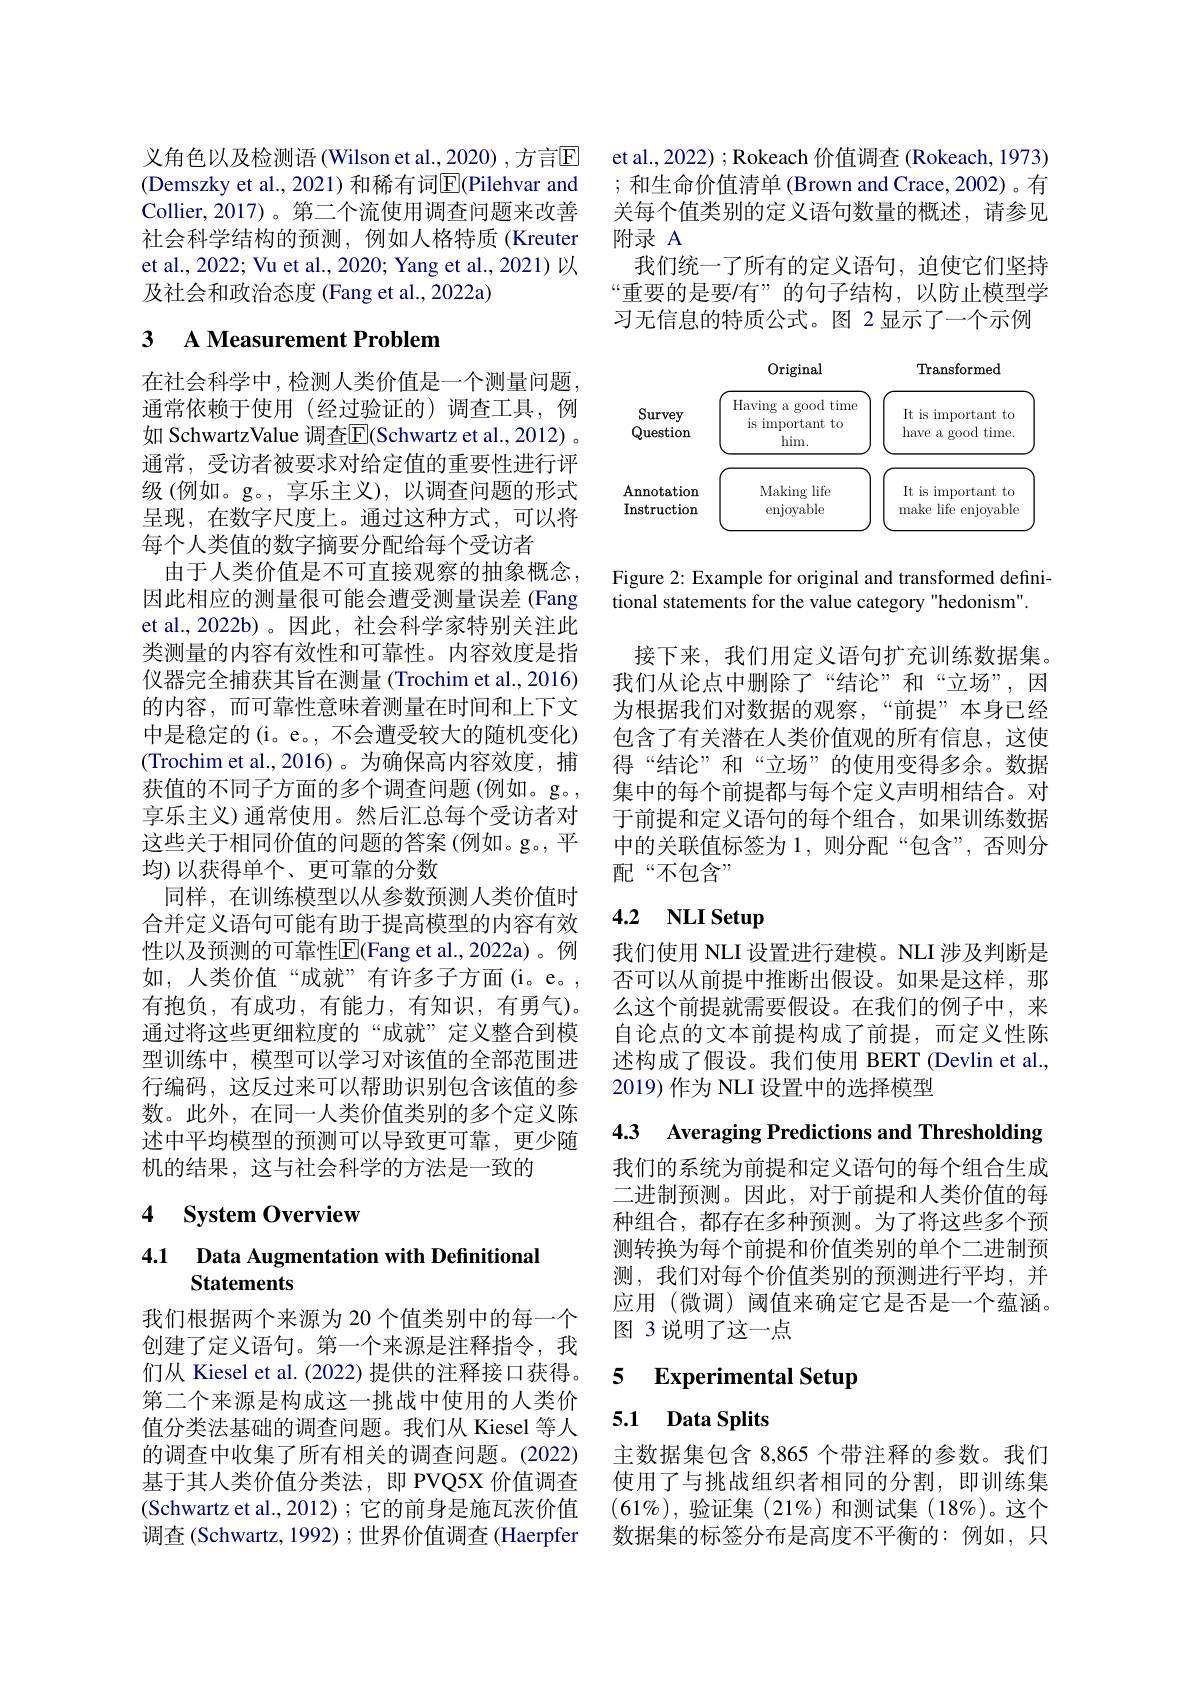
义角色以及检测语 (Wilson et al., 2020) , 方言$\mathbb{E}$ (Demszky et al., 2021)和稀有词$\overline{\mathrm{E}}($Pilehvar and Collier,2017)。第二个流使用调查问题来改善社会科学结构的预测，例如人格特质(Kreuter et al., 2022; Vu et al., 2020; Yang et al., 2021) 以及社会和政治态度 (Fang et al., 2022a)

## 3 A Measurement Problem

在社会科学中，检测人类价值是一个测量问题通常依赖于使用(经过验证的)调查工具，例如 SchwartzValue 调查$\overline{\mathrm{E}}($Schwartz et al.,2012) 。通常，受访者被要求对给定值的重要性进行评级(例如。g。,享乐主义),以调查问题的形式呈现，在数字尺度上。通过这种方式，可以将每个人类值的数字摘要分配给每个受访者
由于人类价值是不可直接观察的抽象概念。因此相应的测量很可能会遭受测量误差 (Fang et al.,2022b)。因此，社会科学家特别关注此类测量的内容有效性和可靠性。内容效度是指仪器完全捕获其旨在测量 (Trochim et al., 2016) 的内容，而可靠性意味着测量在时间和上下文中是稳定的(i。e。, 不会遭受较大的随机变化) (Trochim et al.,2016)。为确保高内容效度，捕获值的不同子方面的多个调查问题(例如。g。, 享乐主义)通常使用。然后汇总每个受访者对这些关于相同价值的问题的答案 (例如。g。,平均)以获得单个、更可靠的分数
同样，在训练模型以从参数预测人类价值时合并定义语句可能有助于提高模型的内容有效性以及预测的可靠性$\overline{\mathrm{E}}($Fang et al.,2022a)。例如，人类价值“成就”有许多子方面(i。e。, 有抱负，有成功，有能力，有知识，有勇气)。通过将这些更细粒度的“成就”定义整合到模型训练中，模型可以学习对该值的全部范围进行编码，这反过来可以帮助识别包含该值的参数。此外，在同一人类价值类别的多个定义陈述中平均模型的预测可以导致更可靠，更少随机的结果，这与社会科学的方法是一致的

## 4 System Overview

## 4.1 Data Augmentation with Definitional Statements

我们根据两个来源为 20 个值类别中的每一个创建了定义语句。第一个来源是注释指令，我们从 Kiesel et al. (2022) 提供的注释接口获得。第二个来源是构成这一挑战中使用的人类价值分类法基础的调查问题。我们从 Kiesel 等人的调查中收集了所有相关的调查问题。(2022) 基于其人类价值分类法，即 PVQ5X 价值调查(Schwartz et al., 2012); 它的前身是施瓦茨价值调查 (Schwartz, 1992) ; 世界价值调查 (Haerpfer

et al., 2022) ; Rokeach 价值调查 (Rokeach, 1973) ; 和生命价值清单 (Brown and Crace, 2002)。有关每个值类别的定义语句数量的概述，请参见附录 A
我们统一了所有的定义语句，迫使它们坚持“重要的是要/有”的句子结构，以防止模型学习无信息的特质公式。图 2显示了一个示例

<FigureHere>

Figure 2: Example for original and transformed defini-
tional statements for the value category "hedonism"

接下来，我们用定义语句扩充训练数据集。我们从论点中删除了“结论”和“立场”,因为根据我们对数据的观察，“前提”本身已经包含了有关潜在人类价值观的所有信息，这使得“结论”和“立场”的使用变得多余。数据集中的每个前提都与每个定义声明相结合。对于前提和定义语句的每个组合，如果训练数据中的关联值标签为 1,则分配“包含”,否则分配“不包含”

# 4.2 $\mathbf{NLISetup}$

我们使用 NLI 设置进行建模。NLI 涉及判断是否可以从前提中推断出假设。如果是这样，那么这个前提就需要假设。在我们的例子中，来自论点的文本前提构成了前提，而定义性陈述构成了假设。我们使用 BERT (Devlin et al., 2019) 作为 NLI 设置中的选择模型

4.3 Averaging Predictions and Thresholding

我们的系统为前提和定义语句的每个组合生成二进制预测。因此，对于前提和人类价值的每种组合，都存在多种预测。为了将这些多个预测转换为每个前提和价值类别的单个二进制预测，我们对每个价值类别的预测进行平均，并应用 (微调) 阈值来确定它是否是一个蕴涵。图 3 说明了这一点

### 5 $\textbf{Experimental Setup}$

## 5.1 Data Splits

主数据集包含 8,865 个带注释的参数。我们使用了与挑战组织者相同的分割，即训练集$(61\%)$,验证集(21%)和测试集(18%)。这个数据集的标签分布是高度不平衡的：例如，只